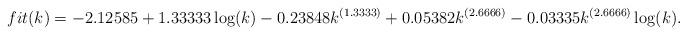
LaTeX: \begin{align*}fit(k)=-2.12585+1.33333 \log (k)-0.23848 k^{({1.3333})}+0.05382 k^{({2.6666})}-0.03335 k^{({2.6666})} \log(k).\end{align*}